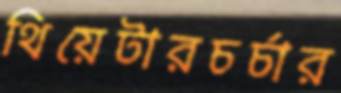
থিয়েটারচর্চার